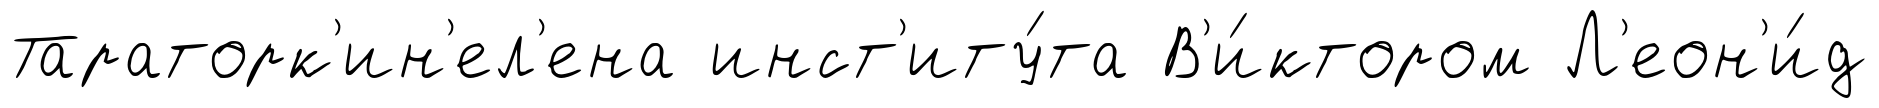
Тараторк'ин'ел'ена инст'иту́та В'и́ктором Л'еон'и́д